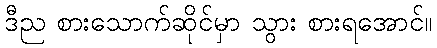
ဒီည စားသောက်ဆိုင်မှာ သွား စားရအောင်။